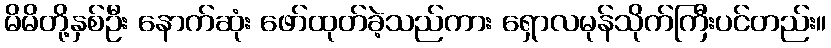
မိမိတို့နှစ်ဦး နောက်ဆုံး ဖော်ထုတ်ခဲ့သည်ကား ရှောလမုန်သိုက်ကြီးပင်တည်း။